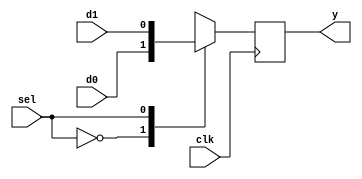
module mux1_2(input clk, d0, d1,
              input sel,
              output reg y);

    always@(posedge clk)
    begin
        case(sel)
            1'b0:    y <= d0;
            1'b1:    y <= d1;
        endcase
    end

endmodule